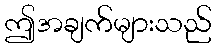
ဤအချက်များသည်